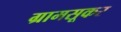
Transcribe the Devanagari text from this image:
ग्रामसूकर